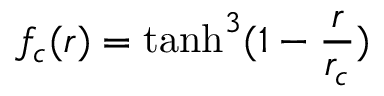
f _ { c } ( r ) = \operatorname { t a n h } ^ { 3 } ( 1 - \frac { r } { r _ { c } } )